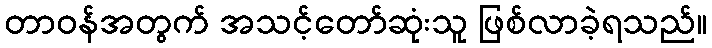
တာဝန်အတွက် အသင့်တော်ဆုံးသူ ဖြစ်လာခဲ့ရသည်။